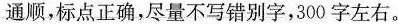
通顺，标点正确，尽量不写错别字，300字左右。